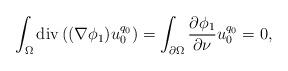
LaTeX: \begin{align*}\int_{\Omega}\mathrm{div}\left( (\nabla\phi_{1})u_{0}^{q_{0}}\right)=\int_{\partial\Omega}\frac{\partial\phi_{1}}{\partial\nu}u_{0}^{q_{0}}=0,\end{align*}